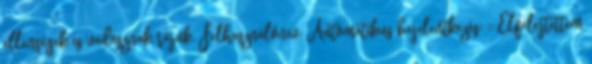
ellenségek is vadásznak rájuk. Felhasználónév: Automatikus bejelentkezés: :: Elfelejtettem